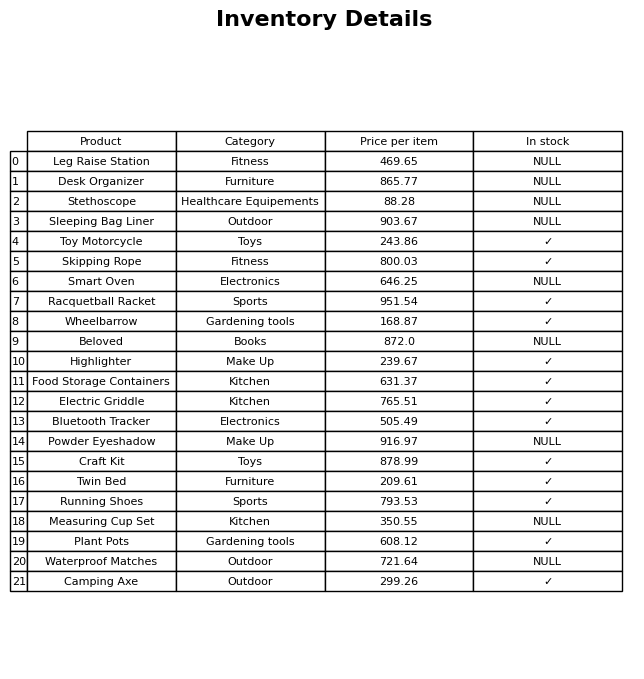
question: What is the price for Skipping Rope?
answer: The price of Skipping Rope is 800.03.